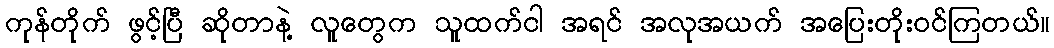
ကုန်တိုက် ဖွင့်ပြီ ဆိုတာနဲ့ လူတွေက သူထက်ငါ အရင် အလုအယက် အပြေးတိုးဝင်ကြတယ်။